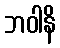
ဘဝါနိ